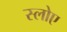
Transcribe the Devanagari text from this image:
स्लोए